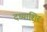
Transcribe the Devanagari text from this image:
दध्याशिर